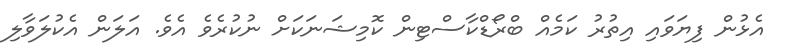
އެޅުން ފިޔަވައި އިތުރު ކަމެއް ބްރޯޑްކާސްޓިން ކޮމިޝަނަކަށް ނުކުރެވެ އެވެ. އަލަން އެކުލަވާލި